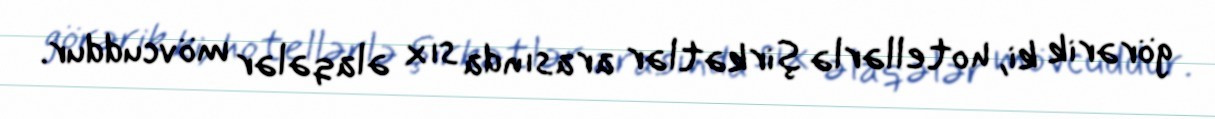
görərik ki, hotellərlə şirkətlər arasında sıx əlaqələr mövcuddur.